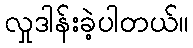
လှုဒါန်းခဲ့ပါတယ်။